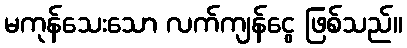
မကုန်သေးသော လက်ကျန်ငွေ ဖြစ်သည်။